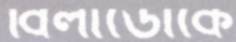
বিলার্ডোকে